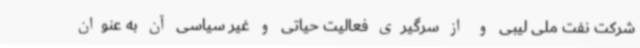
شرکت نفت ملی لیبی و از سرگیری فعالیت حیاتی و غیر سیاسی آن به عنوان